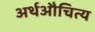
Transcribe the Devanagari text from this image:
अर्थऔचित्य